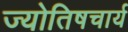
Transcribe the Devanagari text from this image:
ज्योतिषचार्य